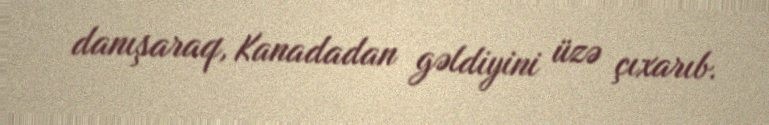
danışaraq, Kanadadan gəldiyini üzə çıxarıb.